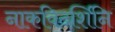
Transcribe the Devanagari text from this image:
नाकविदर्शिनि